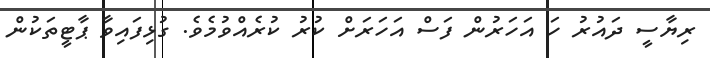
ރިޔާސީ ދައުރު ހަ އަހަރުން ފަސް އަހަރަށް ކުރު ކުރެއްވުމެވެ. ގުޅިފައިވާ ޕާޓީތަކުން